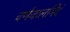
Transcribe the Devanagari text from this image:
वर्णजालमिदं